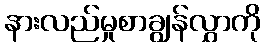
နားလည်မှုစာချွန်လွှာကို